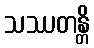
သဿတန္တိ